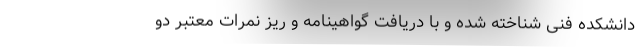
دانشکده فنی شناخته شده و با دریافت گواهینامه و ریز نمرات معتبر دو